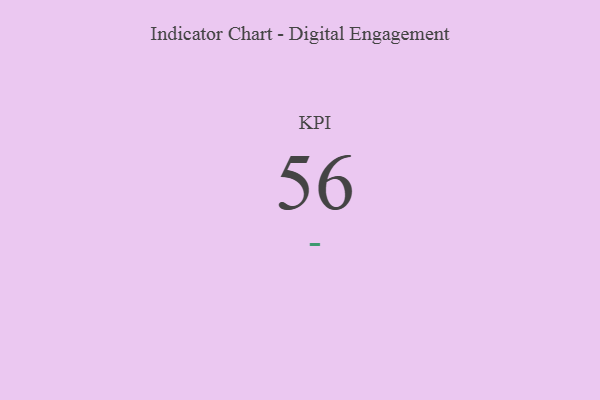
{"axis": {"x": "KPI", "y": "Value"}, "legend": [""], "data": [{"x": "KPI", "y": 56, "type": ""}]}